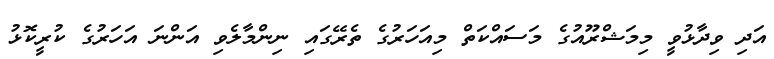
އަދި ވިދާޅުވީ މިމަޝްރޫއުގެ މަސައްކަތް މިއަހަރުގެ ތެރޭގައި ނިންމާލެވި އަންނަ އަހަރުގެ ކުރީކޮޅު